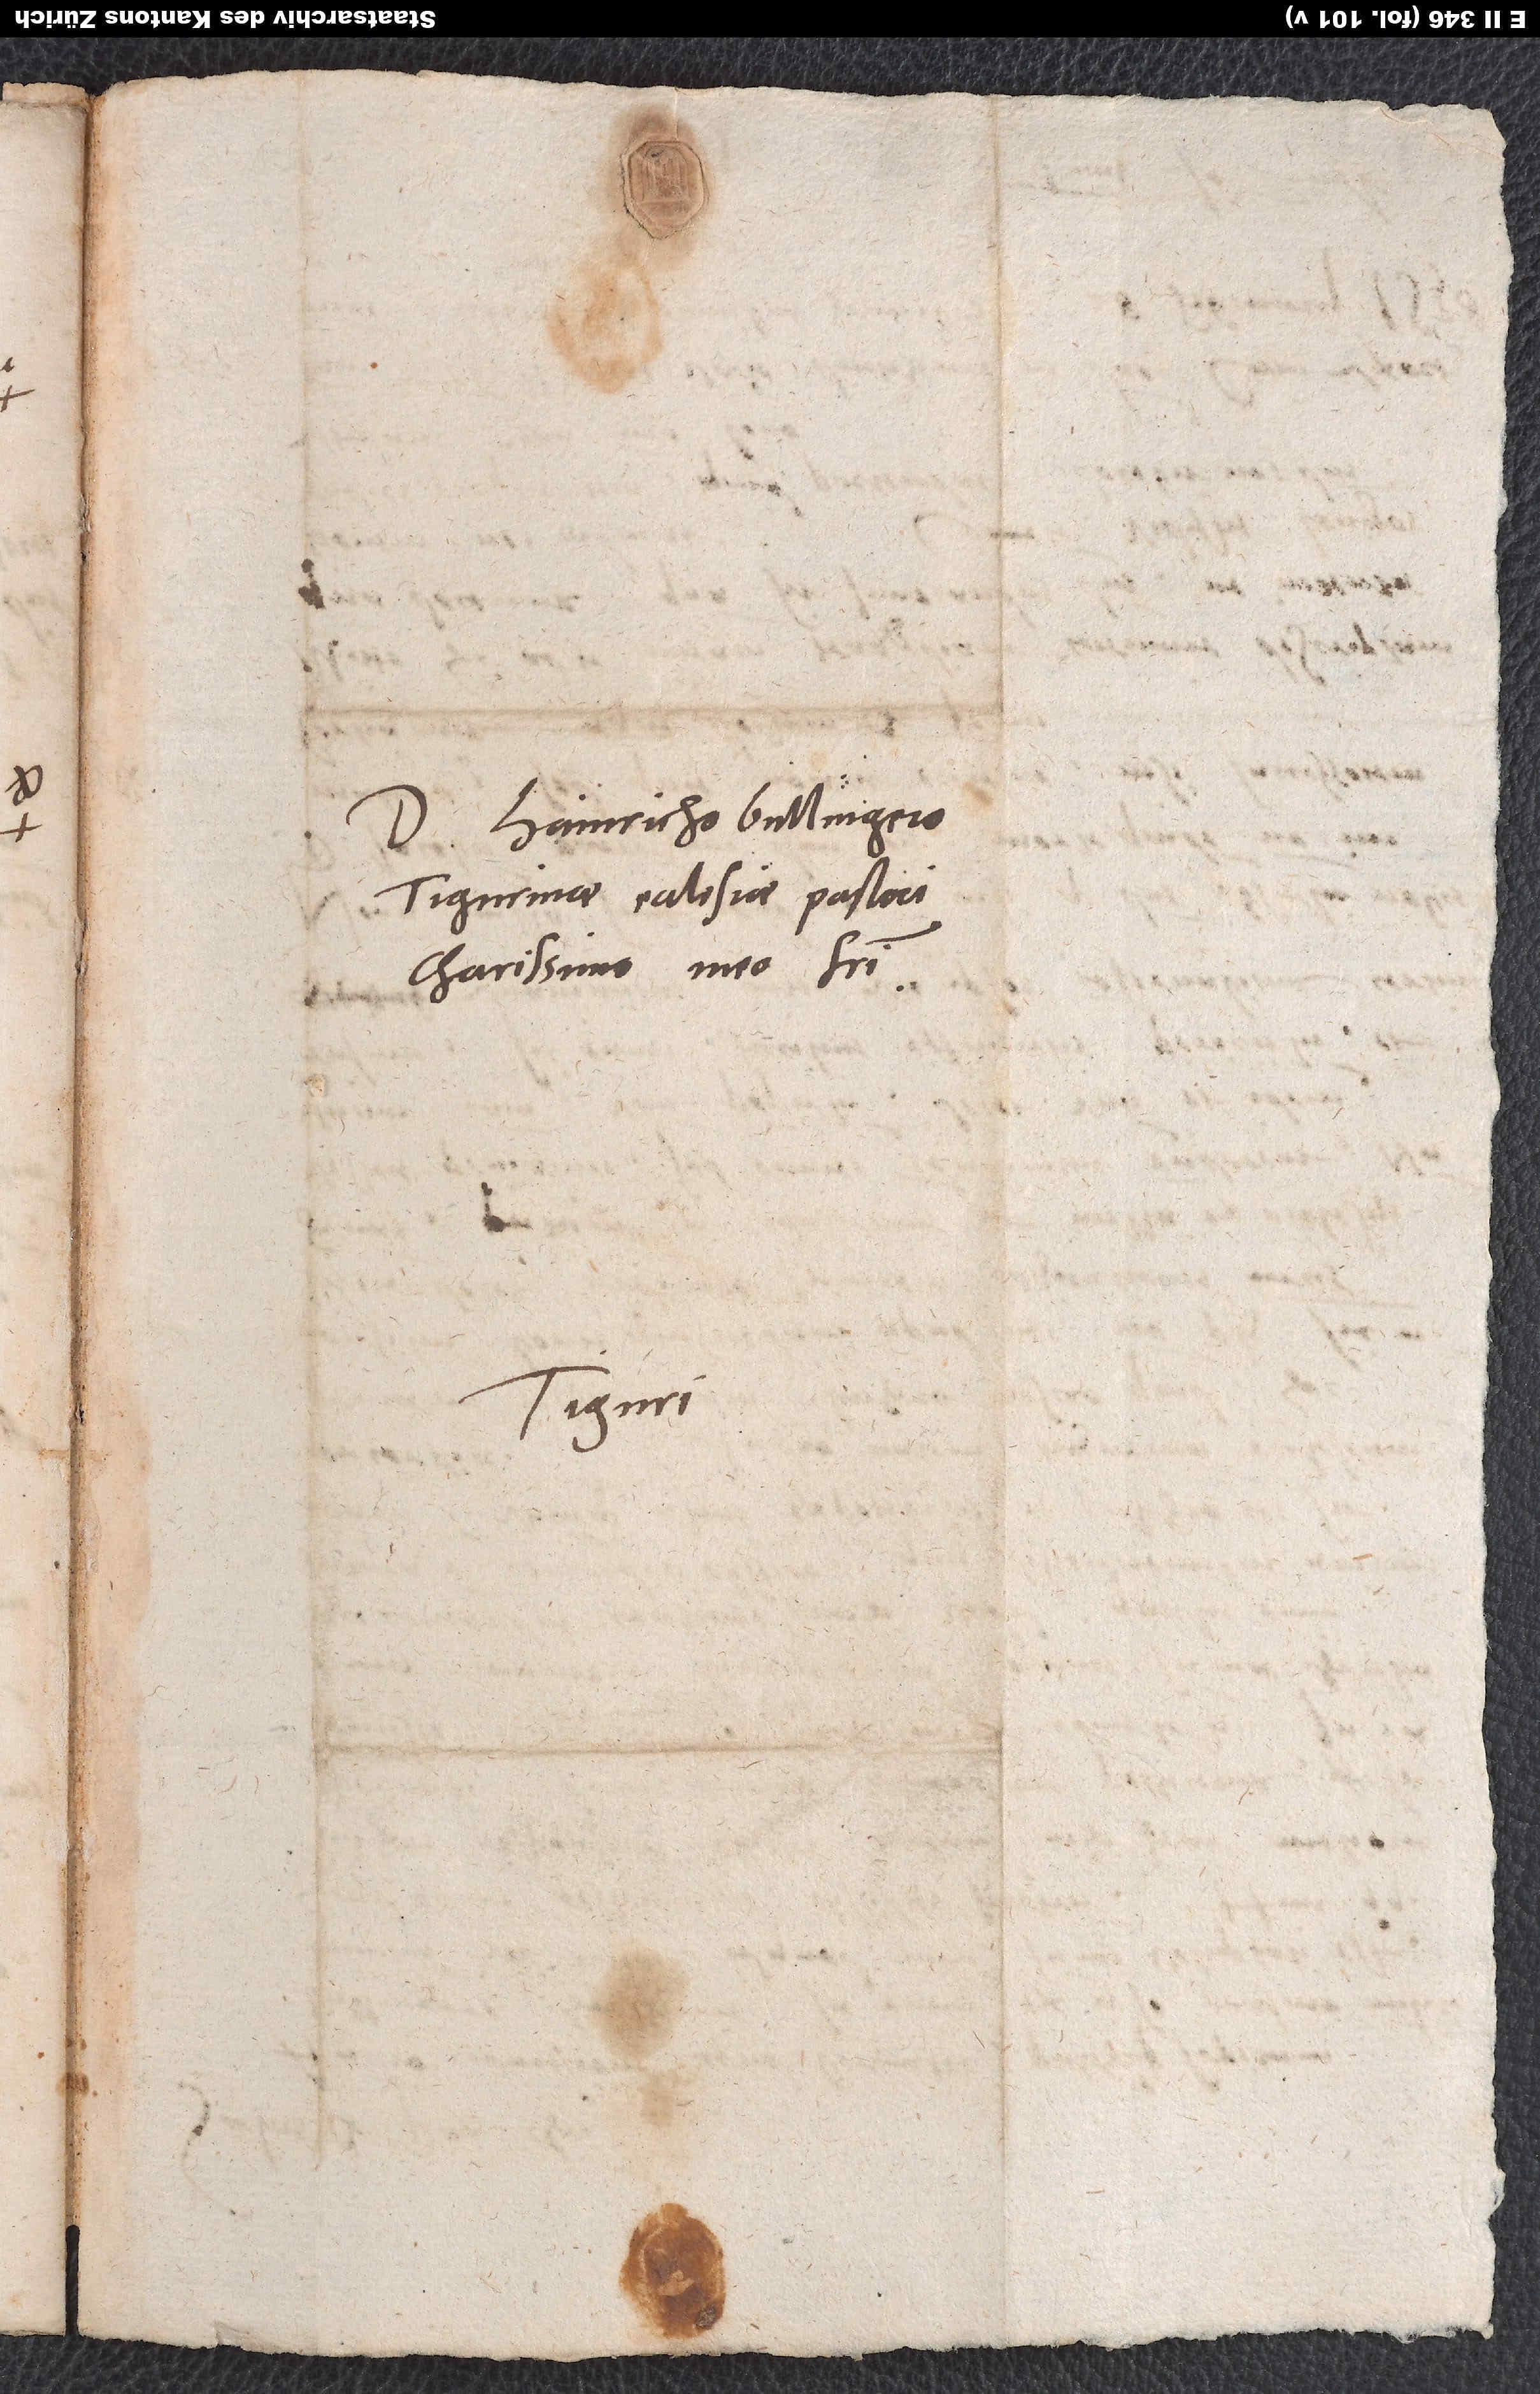
Domino Hainricho Bullingero,
Tigurinae ecclesiae pastori,
charissimo meo fratri.
Tiguri.